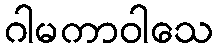
ဂါမကာဝါသေ